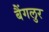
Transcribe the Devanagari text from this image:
बैंगलुर